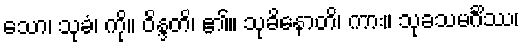
သော၊ သုခံ၊ ကို။ ဝိန္ဒတိ၊ ၏။ သုခိနောတိ၊ ကား။ သုခသမင်္ဂိဿ၊